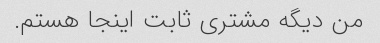
من دیگه مشتری ثابت اینجا هستم.